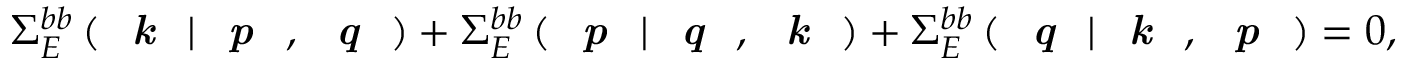
\Sigma _ { E } ^ { b b } \left( \textit { \textbf { k } } | \textit { \textbf { p } } , \textit { \textbf { q } } \right) + \Sigma _ { E } ^ { b b } \left( \textit { \textbf { p } } | \textit { \textbf { q } } , \textit { \textbf { k } } \right) + \Sigma _ { E } ^ { b b } \left( \textit { \textbf { q } } | \textit { \textbf { k } } , \textit { \textbf { p } } \right) = 0 ,